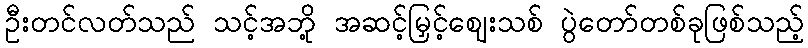
ဦးတင်လတ်သည် သင့်အဘို့ အဆင့်မြှင့်ဈေးသစ် ပွဲတော်တစ်ခုဖြစ်သည့်